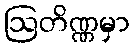
ဩတိဏ္ဏမှာ